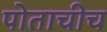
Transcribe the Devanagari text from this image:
पोताचीच